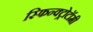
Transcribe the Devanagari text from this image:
स्फिन्क्ट्रोटॉमी